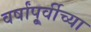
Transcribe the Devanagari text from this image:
वर्षांपू्र्वीच्या